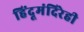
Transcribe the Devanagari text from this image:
हिंदूमंदिरेही